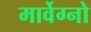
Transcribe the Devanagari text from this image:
मार्वेग्नो